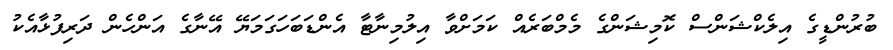
ބުރުންޑީގެ އިލެކްޝަންސް ކޮމިޝަންގެ މެމްބަރެއް ކަމަށްވާ އިލުމިނާޓާ އެންޑަބަހަގަމަޔޭ އޭނާގެ އަންހެން ދަރިފުޅާއެކު